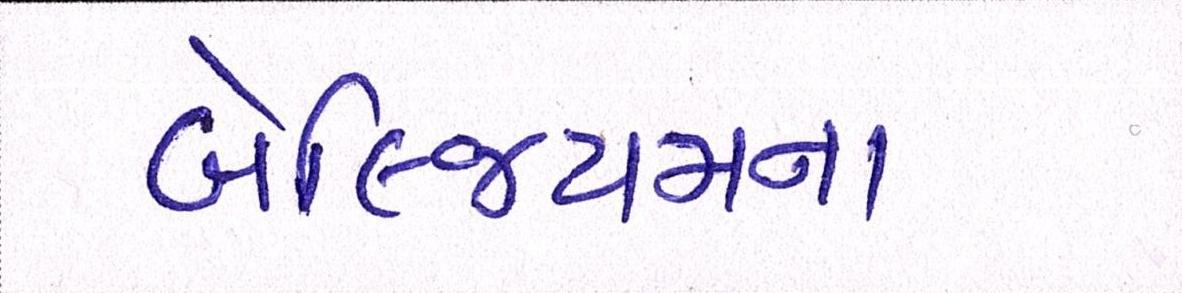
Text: બેલ્જિયમના